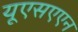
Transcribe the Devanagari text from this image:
यूएसएएन